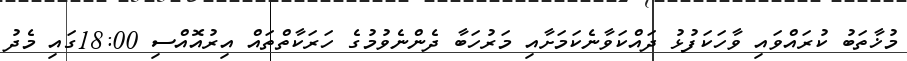
މުޚާތަބު ކުރައްވައި ވާހަކަފުޅު ދައްކަވާނެކަމަށާއި މަރުހަބާ ދެންނެވުމުގެ ހަރަކާތްތައް އިރުއޮއްސި 18:00ގައި މެދު